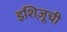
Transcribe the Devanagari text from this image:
इशिज़ूची